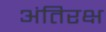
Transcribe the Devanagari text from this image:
अंतिरक्ष